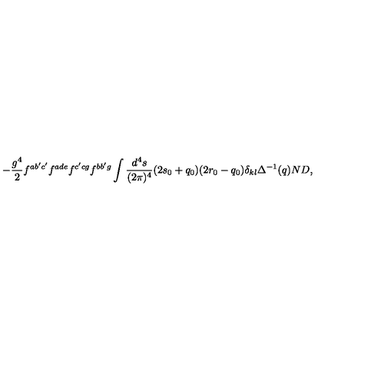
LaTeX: - \frac { g ^ { 4 } } { 2 } f ^ { a b ^ { \prime } c ^ { \prime } } f ^ { a d e } f ^ { c ^ { \prime } c g } f ^ { b b ^ { \prime } g } \int \frac { d ^ { 4 } s } { ( 2 \pi ) ^ { 4 } } ( 2 s _ { 0 } + q _ { 0 } ) ( 2 r _ { 0 } - q _ { 0 } ) \delta _ { k l } \Delta ^ { - 1 } ( q ) N D ,